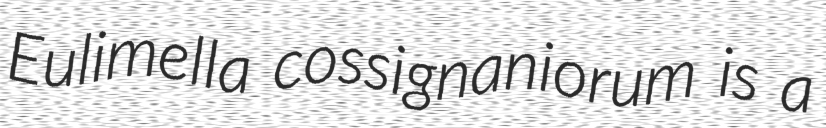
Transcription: Eulimella cossignaniorum is a